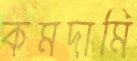
কমদামি